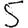
Digit: 5